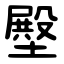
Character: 壂